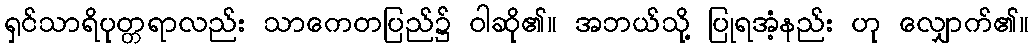
ရှင်သာရိပုတ္တရာလည်း သာကေတပြည်၌ ဝါဆို၏။ အဘယ်သို့ ပြုရအံ့နည်း ဟု လျှောက်၏။